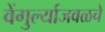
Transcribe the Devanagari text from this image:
वेंगुर्ल्याजवळचे